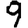
Digit: 9